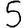
Digit: 5